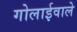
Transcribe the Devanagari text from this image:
गोलाईवाले